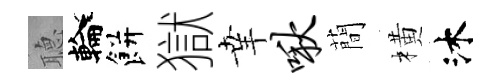
𦗟輪餅獄𦍒啾蕳橫沐